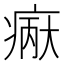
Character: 𪽲